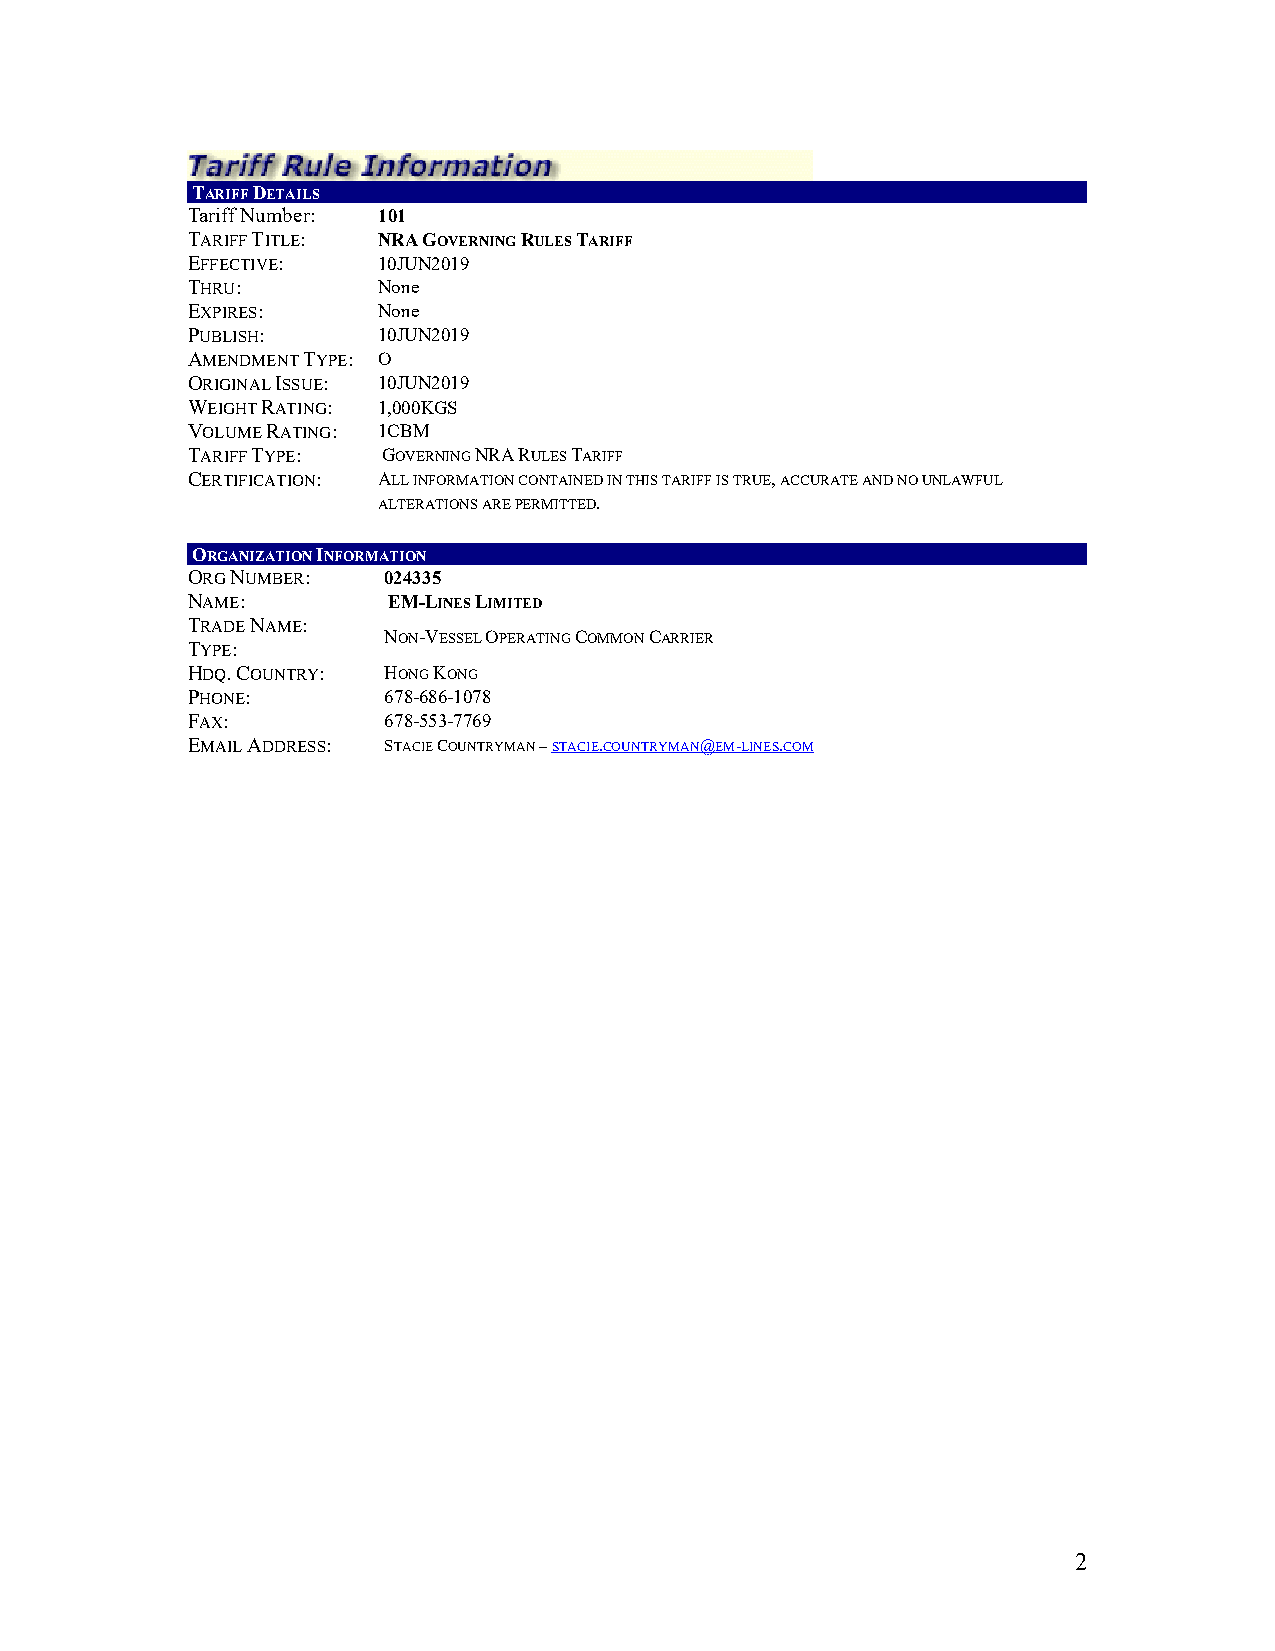
TARIFF DETAILS
 Tariff Number: 1 01
 TARIFF TITLE: NRA GOVERNING RULES TARIFF
 EFFECTIVE:   10JUN2019
 THRU:        None
 EXPIRES:     None
 PUBLISH:     10JUN2019
 AMENDMENT TYPE: O
 ORIGINAL ISSUE: 10JUN2019
 WEIGHT RATING: 1,000KGS
 VOLUME RATING: 1CBM
 TARIFF TYPE: GOVERNING NRA RULES TARIFF
 CERTIFICATION: ALL INFORMATION CONTAINED IN THIS TARIFF IS TRUE, ACCURATE AND NO UNLAWFUL
 ALTERATIONS ARE PERMITTED.
 ORGANIZATION INFORMATION
 ORG NUMBER:  024335
 NAME:         EM-LINES LIMITED
 TRADE NAME:
 NON-VESSEL OPERATING COMMON CARRIER
 TYPE:
 HDQ. COUNTRY: HONG KONG
 PHONE:       678-686-1078
 FAX:         678-553-7769
 EMAIL ADDRESS: STACIE COUNTRYMAN – STACIE.COUNTRYMAN@EM-LINES.COM
 2